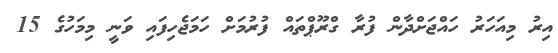
އިރު މިއަހަރު ހައްޖަށްދާން ފުރާ ގްރޫޕްތައް ފުރުމަށް ހަމަޖެހިފައި ވަނީ މިމަހުގެ 15